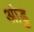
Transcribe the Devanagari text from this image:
आंडु